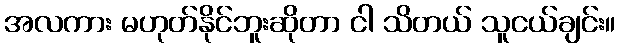
အလကား မဟုတ်နိုင်ဘူးဆိုတာ ငါ သိတယ် သူငယ်ချင်း။